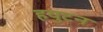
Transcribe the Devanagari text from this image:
हयुटन